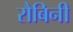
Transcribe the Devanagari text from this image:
रौबिनी